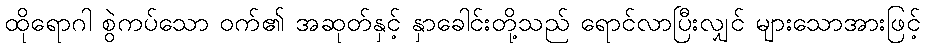
ထိုရောဂါ စွဲကပ်သော ဝက်၏ အဆုတ်နှင့် နှာခေါင်းတို့သည် ရောင်လာပြီးလျှင် များသောအားဖြင့်